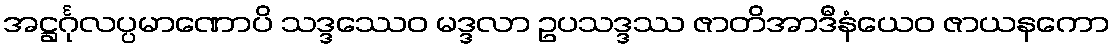
အဋ္ဌင်္ဂုလပ္ပမာဏောပိ သဒ္ဒဿေဝ မဒ္ဒလာ ဥပသဒ္ဒဿ ဇာတိအာဒီနံယေဝ ဇာယနကော